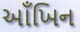
આઁખિન